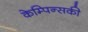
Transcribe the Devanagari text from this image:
केम्पिन्सकी